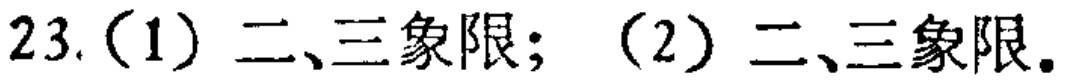
23.（1）二、三象限；（2）二、三象限。